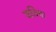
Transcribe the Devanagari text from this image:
कविचा